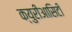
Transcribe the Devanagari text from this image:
क्युरीआसिटी